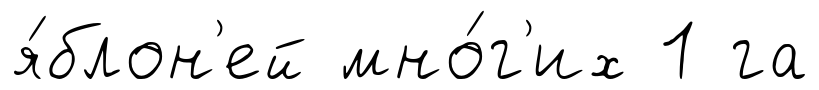
я́блон'ей мно́г'их 1 га